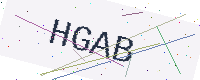
Text: HGAB